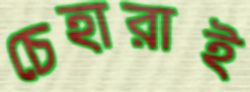
চেহারাই